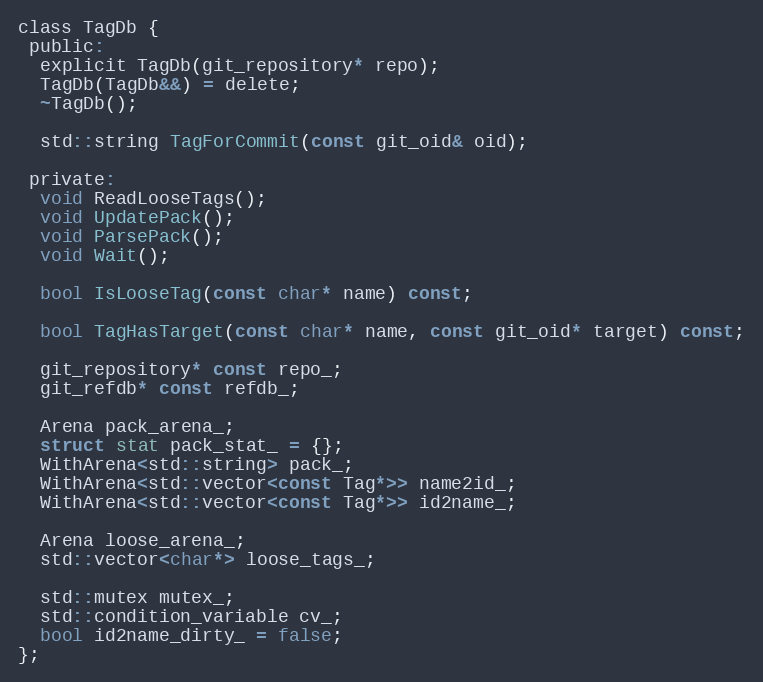
Language: C
class TagDb {
 public:
  explicit TagDb(git_repository* repo);
  TagDb(TagDb&&) = delete;
  ~TagDb();

  std::string TagForCommit(const git_oid& oid);

 private:
  void ReadLooseTags();
  void UpdatePack();
  void ParsePack();
  void Wait();

  bool IsLooseTag(const char* name) const;

  bool TagHasTarget(const char* name, const git_oid* target) const;

  git_repository* const repo_;
  git_refdb* const refdb_;

  Arena pack_arena_;
  struct stat pack_stat_ = {};
  WithArena<std::string> pack_;
  WithArena<std::vector<const Tag*>> name2id_;
  WithArena<std::vector<const Tag*>> id2name_;

  Arena loose_arena_;
  std::vector<char*> loose_tags_;

  std::mutex mutex_;
  std::condition_variable cv_;
  bool id2name_dirty_ = false;
};